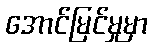
အောင်မြင်မှုမှာ